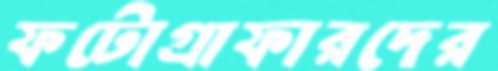
ফটোগ্রাফারদের